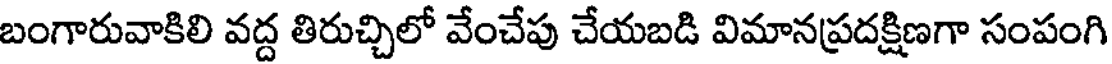
బంగారువాకిలి వద్ద తిరుచ్చిలో వేంచేపు చేయబడి విమానప్రదక్షిణగా సంపంగి